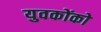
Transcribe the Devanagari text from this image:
युवकोंको